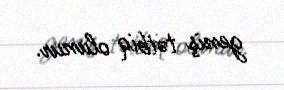
geniş tətbiq olunur.